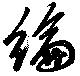
綸